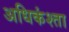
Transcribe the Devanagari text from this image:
अधिकंश्ता